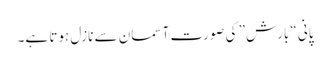
پانی “بارش” کی صورت آسمان سے نازل ہوتا ہے۔